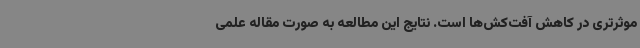
موثرتری در کاهش آفت‌کش‌ها است. نتایج این مطالعه به صورت مقاله علمی